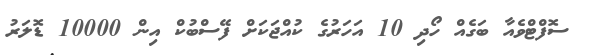
ސޮފްޓްވެއާ ބަގެއް ހޯދި 10 އަހަރުގެ ކުއްޖަކަށް ފޭސްބުކް އިން 10000 ޑޮލަރު